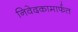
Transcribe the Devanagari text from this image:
निवेदकामार्फत